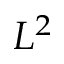
L ^ { 2 }